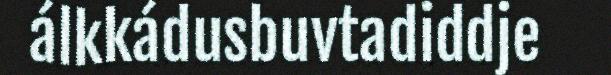
álkkádusbuvtadiddje